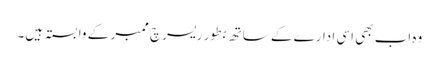
وہ اب بھی اسی ادارے کے ساتھ بطور ریسرچ ممبر کے وابستہ ہیں۔